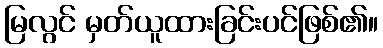
မြလွင် မှတ်ယူထားခြင်းပင်ဖြစ်၏။